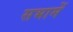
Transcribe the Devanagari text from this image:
सभामें